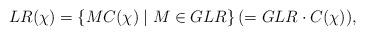
LaTeX: \begin{align*}LR(\chi)=\{MC(\chi)\mid M\in GLR\}\,(=GLR\cdot C(\chi)),\end{align*}